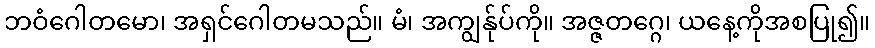
ဘဝံဂေါတမော၊ အရှင်ဂေါတမသည်။ မံ၊ အကျွန်ုပ်ကို။ အဇ္ဇတဂ္ဂေ၊ ယနေ့ကိုအစပြု၍။